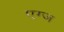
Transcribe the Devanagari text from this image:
एग्ज